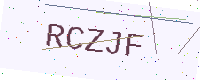
Text: RCZJF